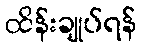
ထိန်းချုပ်ရန်